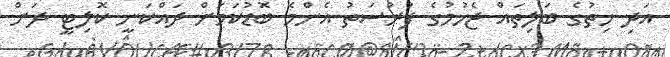
އަދި ހިތުގެ ބަލިތައް ޖެހުމުގެ ފުރުސަތު އެންމެ ބޮޑުކަމަށް ދައްކަނީ ކޮލިޓީ ދަށް